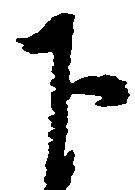
下